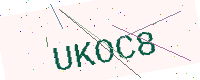
Text: UKOC8